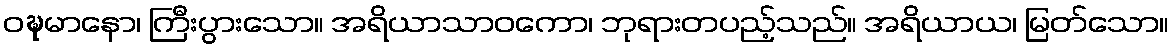
ဝဍ္ဎမာနော၊ ကြီးပွားသော။ အရိယာသာဝကော၊ ဘုရားတပည့်သည်။ အရိယာယ၊ မြတ်သော။